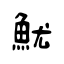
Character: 魷